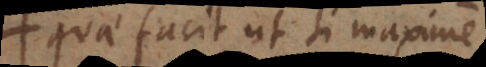
quae facit ut si maxime